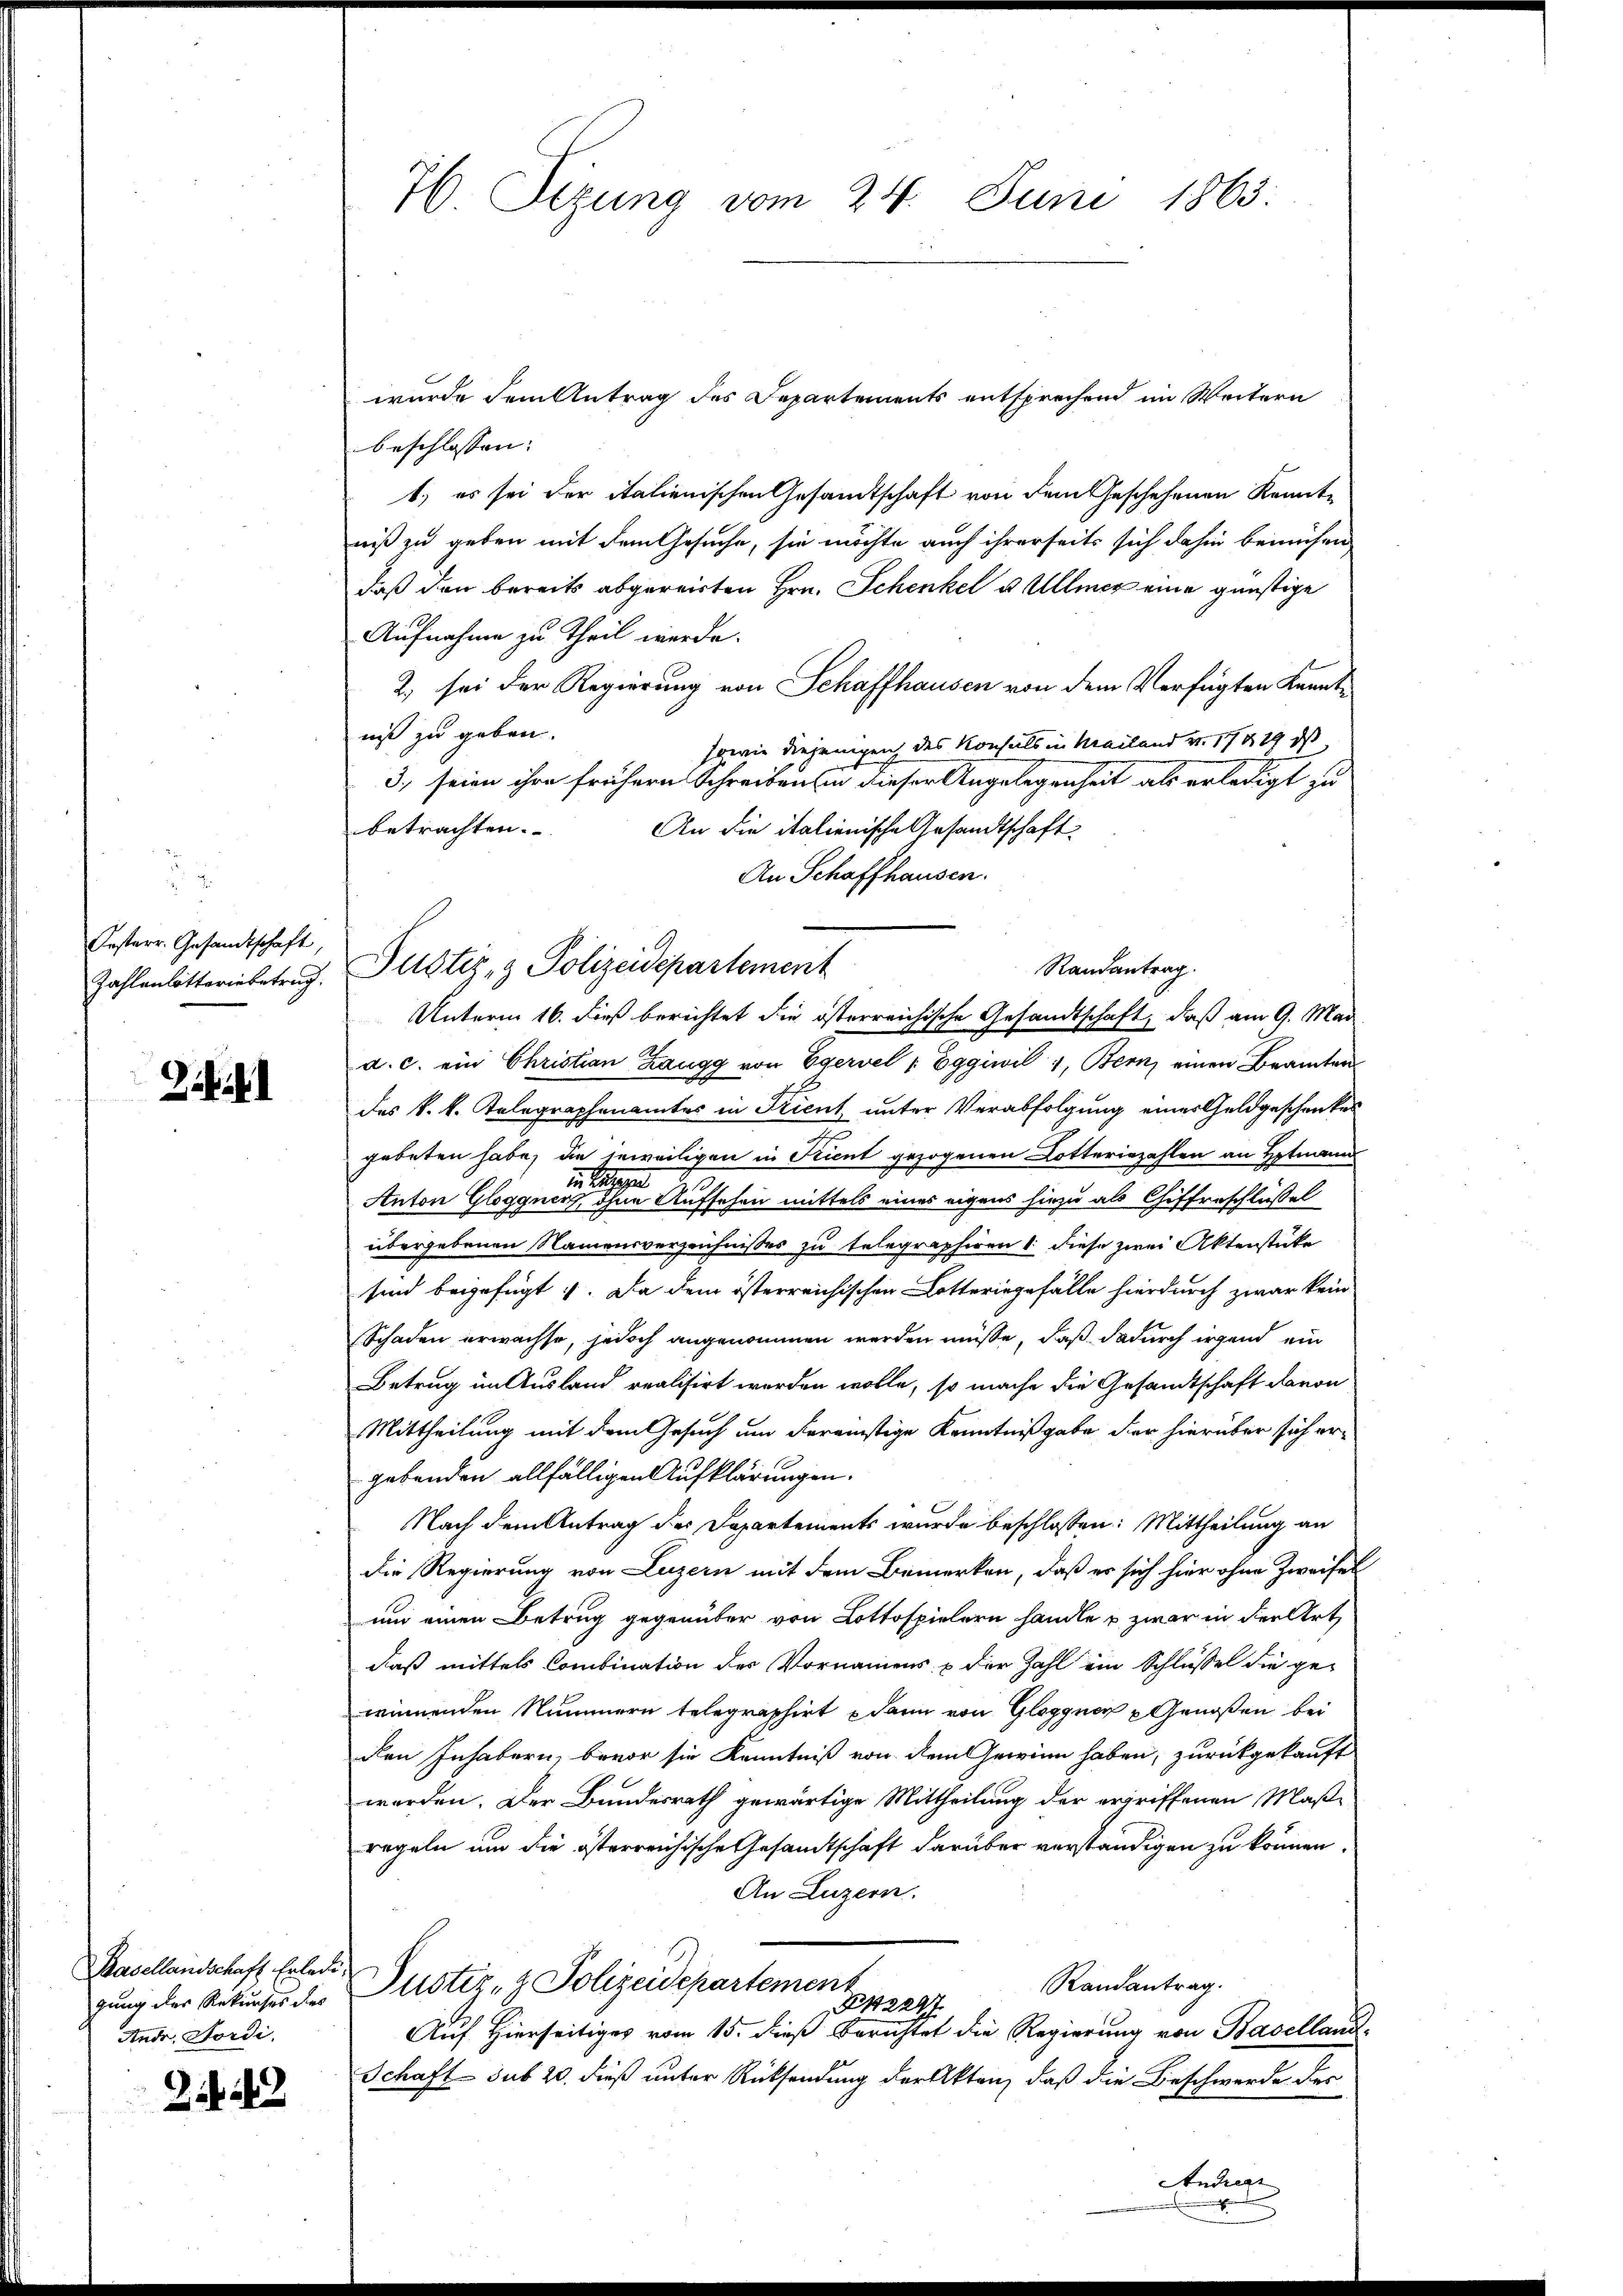
Oesterr. Gesandtschaft,
Zahlenlotteriebetrag.

Zii

Basellandschaft Erlede
gung der Rekurses dies
Andr. Sardi.

22

76 Sizung vom 24. Juni 1863.

wurde dem Antrag des Departements entsprechend im Weitern
beschlossen: |
1) es sei der italienischen Gesamtschaft von dem Geschehenen Kenntniß zu geben mit dem Gesuche, sie möchte auch ihrerseits sich dahin bemühen
daß den bereits abgereisten Hrn. Schenkel u. Ullmer eine günstige
Aufnahme zu Theil werde.
2. sei der Regierung von Schaffhausen von dem Verfügten Kenntniß zu geben.
sowie diejenigen des Konsuls in Mailand v. 17 § 19 das
3.) seien ihre frühern Schreiben in dieser Angelegenheit als erledigt zu
betrachten.
An die italienische Gesandtschaft
An Schaffhausen.
Unterm 16. dieß berichtet die österreichische Gesandtschaft, daß am 9. Mai
a. c. ein Christian Zaugg von Egervel : Eggiwil 1, Bern, einen Beamten
des k. k. Telegraphenamtes in Trient unter Verabfolgung einer Geldgeschenkes
gebeten habe, die jeweiligen in Trient gezogenen Lotteriezahlen an Hptmanns
in gege
Anton Gloggner, ohne Aufsehen mittels eines eigens hiezu als Chiffreschlüßel
übergebenen Namensverzeichnisses zu telegraphiren 1 diese zwei Aktenstücke
sind beigefügt. Da dem österreichischen Lotteringefälle hierdurch zwar kein
Schaden erwachse, jedoch angenommen werden müsse, daß dadurch irgend ein
Betrug im Ausland realisirt worden wolle, so mache die Gesandtschaft davon
Mittheilung mit dem Gesuch um derenstige Kenntnißgabe der hierüber sich er-
gebenden allfälligen Aufklärungen.
Nach dem Antrag der Departements wurde beschlossen: Mittheilung an
Die Regierung von Luzern mit dem Bemerken, daß es sich hier ohne Zweifel
um einen Betrug gegenüber von Lottospielern handle u. zwar in der Art
daß mittels Combination der Vornamens & der Zahl ein Schlüssel die gewinnenden Nummern telegraphirt u dann von Gloggner u Genoßen bei
den Inhabern, bevor sie Kenntniß von dem Gewinn haben, zurückgekauft
werden. Der Bundesrath gewärtige Mittheilung der ergriffenen Maß-
regeln um die österreichische Gesandtschaft darüber verständigen zu können.
An Luzern.
Randantrag.
Justiz- & Polizeidepartement
212247
Auf Hierseitiges vom 15. dieß Berichtet die Regierung von Baselland-
Schaft sub 20. dieß unter Rücksendung der Akten, daß die Beschwerde des

Pustiz- & Polizeidepartement

Randantrag.

Andreaz